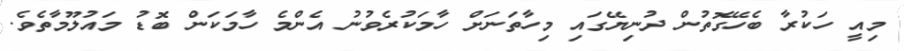
މިއީ ހަކުރާ ބެހޭގޮތުން ދުނިޔޭގައި މިހާތަނަށް ހާމަކުރެވުނު އެންމެ ހާމަކަން ބޮޑު މައުލޫމާތެވެ.